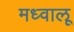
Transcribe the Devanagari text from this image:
मध्वालू